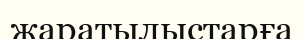
жаратылыстарға